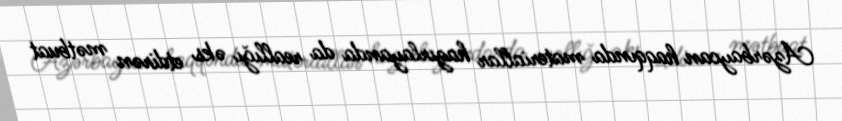
Azərbaycan haqqında materiallar hazırlayanda da reallığı əks etdirən mətbuat